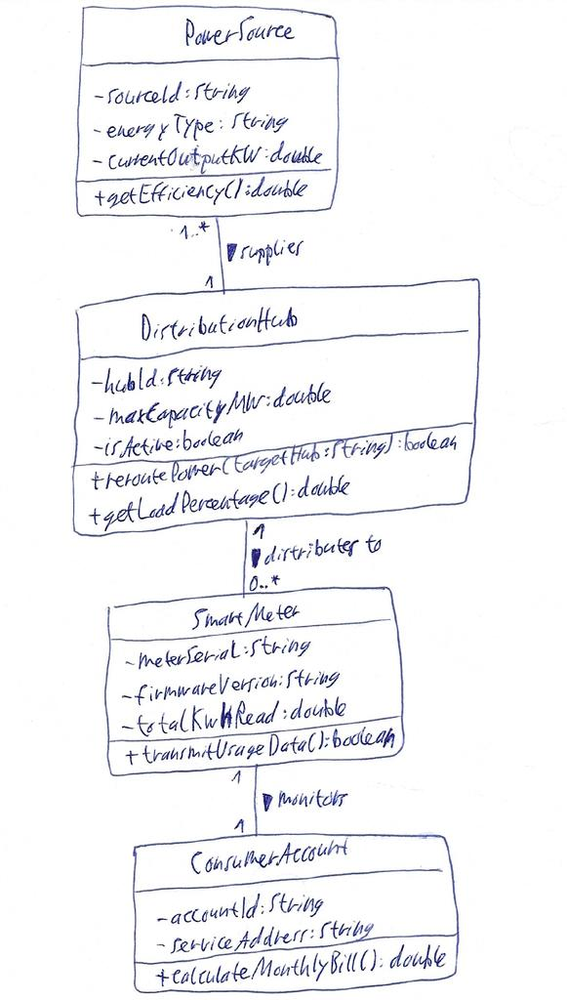
Diagram type: class_diagram
```plantuml
@startuml

class PowerSource {
    - sourceId: String
    - energyType: String
    - currentOutputKW: double
    + getEfficiency(): double
}

class SmartMeter {
    - meterSerial: String
    - firmwareVersion: String
    - totalKwhRead: double
    + transmitUsageData(): boolean
}

class ConsumerAccount {
    - accountId: String
    - serviceAddress: String
    + calculateMonthlyBill(): double
}

class DistributionHub {
    - hubId: String
    - maxCapacityMW: double
    - isActive: boolean
    + reroutePower(targetHub: String): boolean
    + getLoadPercentage(): double
}

PowerSource "1..*" -- "1" DistributionHub : supplies >
DistributionHub "1" -- "0..*" SmartMeter : distributes to >
SmartMeter "1" -- "1" ConsumerAccount : monitors >

@enduml
```